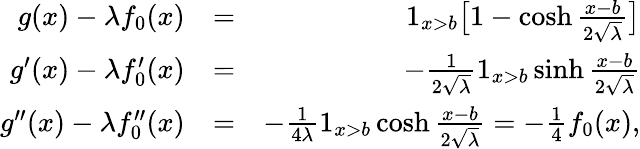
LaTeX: \begin{array}{rlr}{g(x)-\lambda f_{0}(x)}&{=}&{1_{x>b}\big[1-\cosh\frac{x-b}{2\sqrt{\lambda}}\big]}\\ {g^{\prime}(x)-\lambda f_{0}^{\prime}(x)}&{=}&{-\frac{1}{2\sqrt{\lambda}}1_{x>b}\sinh\frac{x-b}{2\sqrt{\lambda}}}\\ {g^{\prime\prime}(x)-\lambda f_{0}^{\prime\prime}(x)}&{=}&{-\frac{1}{4\lambda}1_{x>b}\cosh\frac{x-b}{2\sqrt{\lambda}}=-\frac{1}{4}f_{0}(x),}\end{array}